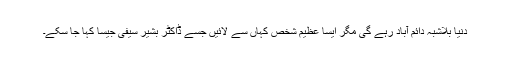
دنیا بلاشبہ دائم آباد رہے گی مگر ایسا عظیم شخص کہاں سے لائیں جسے ڈاکٹر بشیر سیفی جیسا کہا جا سکے۔